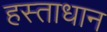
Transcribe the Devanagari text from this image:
हस्ताधान